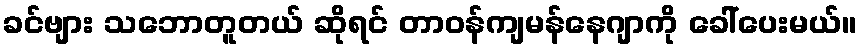
ခင်ဗျား သဘောတူတယ် ဆိုရင် တာဝန်ကျမန်နေဂျာကို ခေါ်ပေးမယ်။